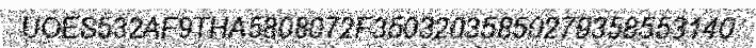
UOES532AF9THA5808072F35032035850279358553140